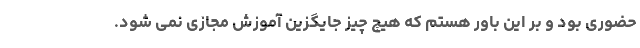
حضوری بود و بر این باور هستم که هیچ چیز جایگزین آموزش مجازی نمی شود.